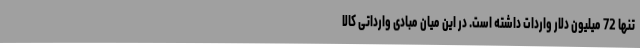
تنها 72 میلیون دلار واردات داشته است. در این میان مبادی وارداتی کالا